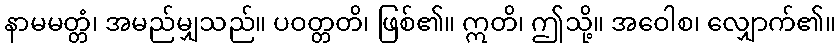
နာမမတ္တံ၊ အမည်မျှသည်။ ပဝတ္တတိ၊ ဖြစ်၏။ ဣတိ၊ ဤသို့။ အဝေါစ၊ လျှောက်၏။